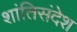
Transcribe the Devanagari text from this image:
शांतिसंदेश